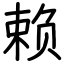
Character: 赖